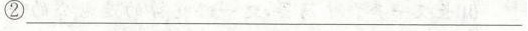
②___